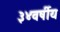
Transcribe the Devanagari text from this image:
३४वर्षीय